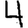
Digit: 4